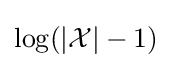
\log(|{\mathcal {X}}|-1)